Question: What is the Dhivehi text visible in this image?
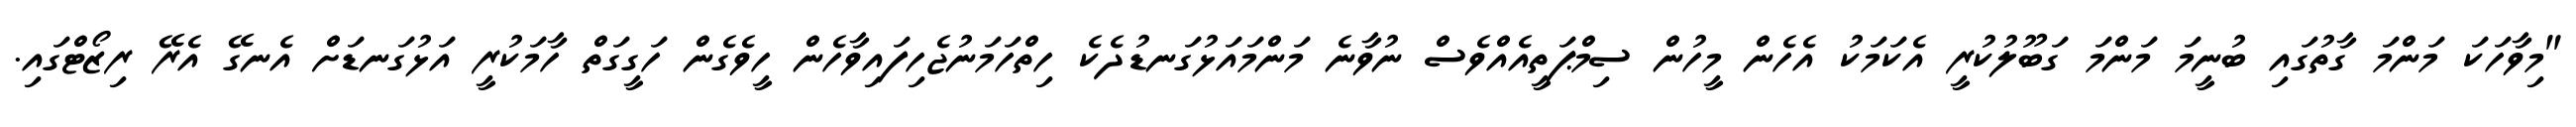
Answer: "މިވާހަކަ މަންމަ ގާތުގައި ބުނީމަ މަންމަ ގަބޫލުކުރީ އެކަމަކު އެހެން މީހުން ސިމްޕަތީއެއްވެސް ނުވާނެ މަންމައަޅުގަނޑުދެކެ ހިތްހަމަނުޖެހިފައިވާހެން ހީވެގެން ހަގީގަތް ހާމަކުރީ އަޅުގަނޑަށް އެނގޭ އެރޭ ރިޒޯޓްގައި.